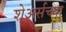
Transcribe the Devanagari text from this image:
शेअर्सच्या